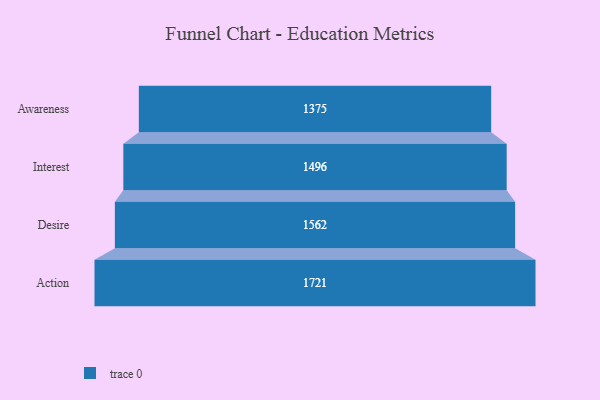
{"axis": {"x": "Stage", "y": "Value"}, "legend": [""], "data": [{"x": "Awareness", "y": 1375.0, "type": ""}, {"x": "Interest", "y": 1496.0, "type": ""}, {"x": "Desire", "y": 1562.0, "type": ""}, {"x": "Action", "y": 1721.0, "type": ""}]}